King Institute of Preventive Medicine Micro-Biological Section reports 1909-11
Year: 1909
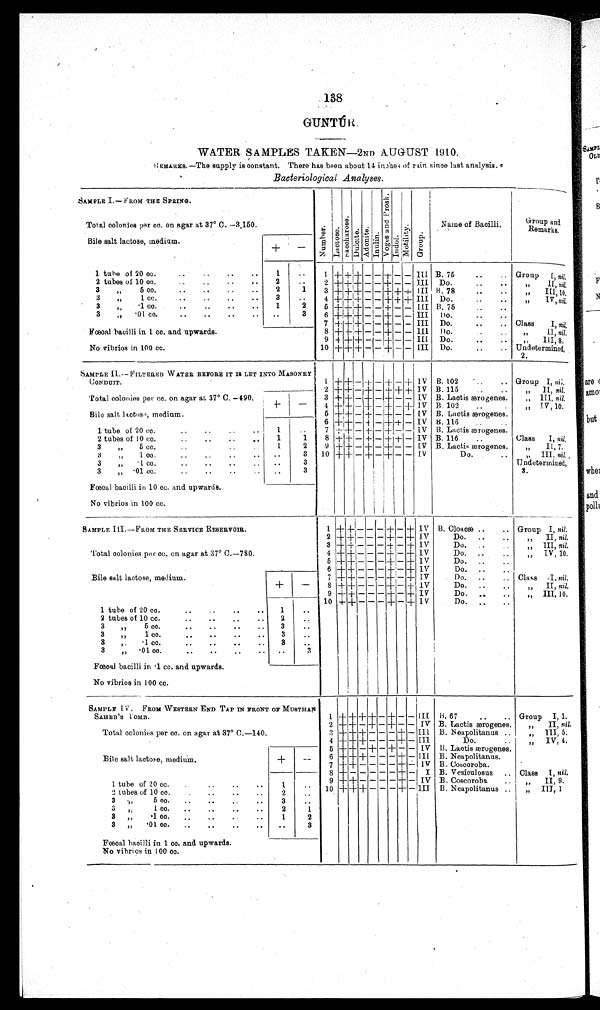
138
GUNTÚR.
WATER SAMPLES TAKEN—2ND AUGUST 1910.
REMARKS.—The supply is constant. There has been about 14 inches of rain since last analysis.
Bacteriological Analyses.
SAMPLE I.—FROM THE SPRING.
N u m b e r .
Lact ose.Sacchar os e.Dulcite.Adoni t e.Inulin.
V o g e s a n d P r o s k .
Indol.Mot i l i t y.Group.
Name of Bacilli.
Group
Remarks.
Total colonies per cc. on agar at 37° C.–3,150.
Bile salt lactose, medium
+
−
1 tube of 20 cc.
1
1
+ + +
− −
+
− − III B. 75
Group I, nil.
2 tubes of 10 cc.
2
2
+ + +
− −
+
− − III Do.
„ II, nil.
3 „ 5 cc.
2
1
3
+ + +
− −
+ + +
III B. 78
„ III, 10.
3 „ 1 cc.
3
4 + + +
− −
+ + +
III
Do.
„ IV, nil.
3 „ ·1 cc.
1
2
5
+ + +
− −
+
− −
III
B. 75
3 „ ·01 cc.
3
6
+ + +
− −
+
− − III
Do.
Fœcal bacilli in 1 cc. and upwards.
7
+ + +
− −
+
− − III Do.
Class I, nil.
8
+ + +
− −
+
− −
III
Do.
„ II, nil.
9
+ + +
− −
+
− − III
Do.
,, III, 8.
No vibrios in 100 cc.
10
+ + +
− −
+
− − III Do.
Undetermined,
2.
SAMPLE II.—FILTERED WATER BEFORE IT IS LET INTO MASONRY
CONDUIT.
1
+ +
−
+
−
+
−
+
IV
B. 102
Group I, nil.
Total colonies per cc. on agar at 37° C.–490.
2
+ +
−
+
−
+ + +
IV B. 115
„ II, nil.
3
+ +
−
+
−
+
− − IV B. Lactis ærogenes.
„ III, nil.
Bile salt lactose, medium.
+
−
4
+ +
−
+
−
+
−
+
IV B. 102
„ IV 10.
5
+ +
−
+
−
+
− −
IV
B. Lactis ærogenes.
6
+ +
−
+
−
+ +
− IV
B. 116
1 tube of 21 cc.
1
7
+ +
−
+
−
+
− − IV B. Lactis ærogenes.
2 tubes of 10 cc.
1
1
8
+ +
−
+
−
+ +
− IV B. 116
Class I, nil.
3 „ 5 cc.
1
2
9
+ +
−
+
−
+
− − IV B. Lactis ærogenes.
„ II, 7.
3 „ 1 cc.
3
10
+ +
−
+
−
+
− −
IV
Do.
„ III, nil.
3 „ · 1 c c .
3
Undetermined,
3.
3 ·01 cc.
3
Fœcal bacilli in 10 cc. and upwards.
No vibrios in 100 cc.
SAMPLE III.—FROM THE SERVICE RESERVOIR.
1
+ +
− − −
+
−
+
IV B. Cloacæ
Group I, nil.
Total colonies per cc. on agar at 37° C.–780.
2
+ +
− − −
+
−
+
IV
Do.
„ II, nil.
3
+ +
− − −
+
−
+
IV
Do.
„ III, nil.
4
+ +
− − −
+
−
+
I V
Do.
„ IV, 10.
5
+ +
− − −
+
−
+
IV
Do.
6
+ +
− − −
+
−
+
IV
Do.
Bile salt lactose, medium.
+
−
7
+ +
− − −
+
−
+
IV
Do.
Class I, nil.
8
+ +
− − −
+
−
+
IV
Do.
,, II, nil.
9
+ +
− − −
+
−
+
IV
Do.
„ III, 10
10
+ +
− − −
+
−
+
IV
Do.
1 tube of 21 cc.
1
2 tubes of 10 cc.
2
3 „ 5 cc.
3
3 „ 1 cc.
3
3 „ ·1 cc.
3
3 „ ·01 cc.
3
Fœcal bacilli in ·1 cc. and upwards.
No vibrios in 100 cc.
SAMPLE IV. FROM WESTERN END TAP IN FRONT OF
MUSTHAN SAHEB'S LOMB.
1
+ + + +
−
+
− −
III
B. 67
Group I, 1.
Total colonies per cc. on agar at 37° C.–140.
2
+ +
−
+
−
+
− −
IV
B. Lactis ærogenes.
„ II, nil.
3
+ + +
− − −
+
−
III
B. Neapolitanus
„ III, 5.
4
+ + +
− − −
+
−
III
Do.
„ IV, 4.
5
+ +
−
+ +
− −
IV
B. Lactis ærogenes.
Bile salt lactose, medium.
+
−
6
+ + +
− − −
+
−
III
B. Neapolitaus.
7
+ +
− − − −
+
−
IV
B. Coscoroba.
8
+
− − − − −
+
−
I
B. Vesiculosus
Class I, nil.
1 tube of 20 cc.
1
9
+ +
− − − −
+
−
IV
B. Coscoroba
„ II, 9.
2
tube of 10 cc.
2
10
+ + +
− − −
+
−
III
B. Neapolitanus
„ III, 1
3 „ 5 cc.
3
3 „ 1 cc.
2
1
3 „ ·1 cc.
1
2
3 „ ·01 cc.
3
Fœcal bacilli in 1 cc. and upwards.
No vibrios in 100 cc.